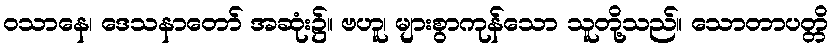
ဝသာနေ၊ ဒေသနာတော် အဆုံး၌။ ဗဟူ၊ များစွာကုန်သော သူတို့သည်။ သောတာပတ္တိ